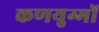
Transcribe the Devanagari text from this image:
कणयुग्मों